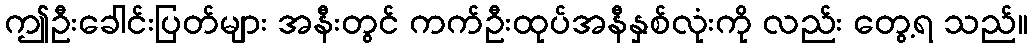
ဤဦးခေါင်းပြတ်များ အနီးတွင် ကက်ဦးထုပ်အနီနှစ်လုံးကို လည်း တွေ့ရ သည်။